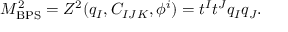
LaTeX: M _ { \mathrm { B P S } } ^ { 2 } = Z ^ { 2 } ( q _ { I } , C _ { I J K } , \phi ^ { i } ) = t ^ { I } t ^ { J } q _ { I } q _ { J } .